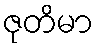
ဇုတိမာ